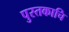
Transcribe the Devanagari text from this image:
पुस्तकाचि